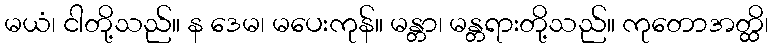
မယံ၊ ငါတို့သည်။ န ဒေမ၊ မပေးကုန်။ မန္တာ၊ မန္တရားတို့သည်။ ကုတောအတ္ထိ၊